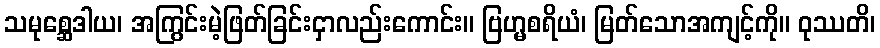
သမုစ္ဆေဒါယ၊ အကြွင်းမဲ့ဖြတ်ခြင်းငှာလည်းကောင်း။ ဗြဟ္မစရိယံ၊ မြတ်သောအကျင့်ကို။ ဝုဿတိ၊